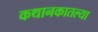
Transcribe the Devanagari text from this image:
कथानकातल्या